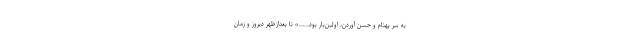
به سر بهنام و حسن آوردن، اولين‌بار بود.....» تا بعدازظهر ديروز و زمان